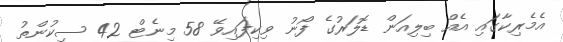
އެމެރިކާގައި އެއް ބިލިއަން ޑޮލަރުގެ ފޯނު ވިކިފައިވޭ 58 މިނެޓް 42 ސިކުންތު